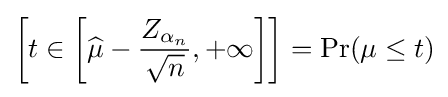
\left[t\in \left[{\widehat {\mu }}-{\frac {Z_{\alpha _{n}}}{\sqrt {n}}},+\infty \right]\right]=\Pr(\mu \leq t)